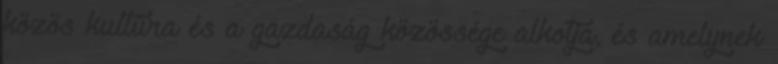
közös kultúra és a gazdaság közössége alkotja, és amelynek